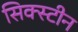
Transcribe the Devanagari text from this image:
सिक्स्टीन